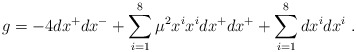
\begin{align*}g = -4 d x^+ d x^- + \sum_{i=1}^8 \mu^2 x^i x^i dx^+ dx^+ + \sum_{i=1}^8 d x^i dx^i ~.\end{align*}